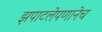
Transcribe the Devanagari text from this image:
झपाटलेपणानेच